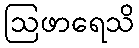
ဩဖာရေသိ